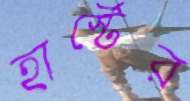
হার্স্টের